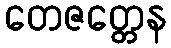
တေဇတ္တေန